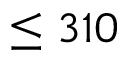
\leq 3 1 0